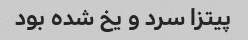
پیتزا سرد و یخ شده بود